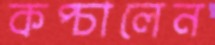
কপ্‌চালেন